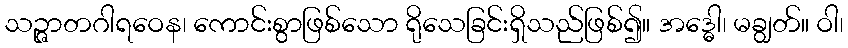
သဉ္ဇာတဂါရဝေန၊ ကောင်းစွာဖြစ်သော ရိုသေခြင်းရှိသည်ဖြစ်၍။ အဒ္ဓေါ၊ မချွတ်။ ဝါ၊